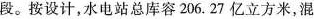
段。按设计，水电站总库容206.27亿立方米，混